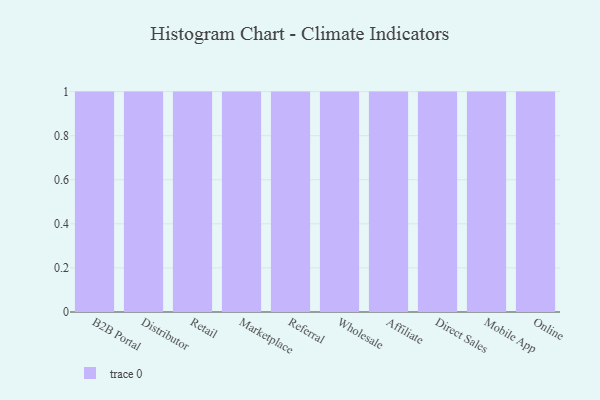
{"axis": {"x": "Channel", "y": "Shipments"}, "legend": [""], "data": [{"x": "B2B Portal", "y": 30, "type": ""}, {"x": "Distributor", "y": 36, "type": ""}, {"x": "Retail", "y": 24, "type": ""}, {"x": "Marketplace", "y": 41, "type": ""}, {"x": "Referral", "y": 57, "type": ""}, {"x": "Wholesale", "y": 96, "type": ""}, {"x": "Affiliate", "y": 85, "type": ""}, {"x": "Direct Sales", "y": 83, "type": ""}, {"x": "Mobile App", "y": 49, "type": ""}, {"x": "Online", "y": 15, "type": ""}]}